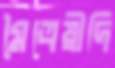
মৈত্রেয়ীদি